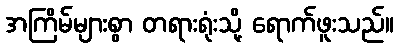
အကြိမ်များစွာ တရားရုံးသို့ ရောက်ဖူးသည်။